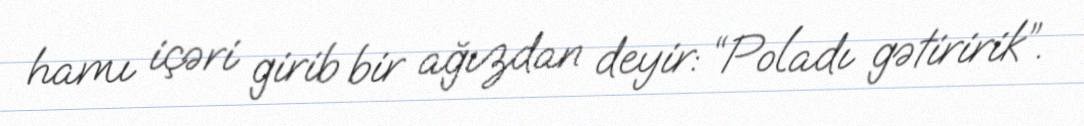
hamı içəri girib bir ağızdan deyir: “Poladı gətiririk”.